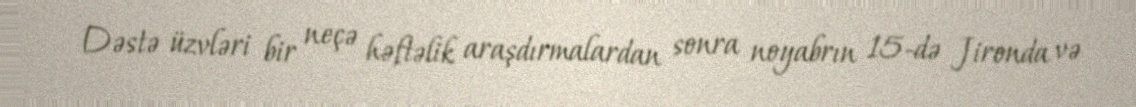
Dəstə üzvləri bir neçə həftəlik araşdırmalardan sonra noyabrın 15-də Jironda və